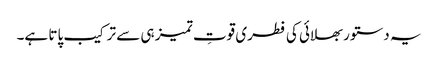
یہ دستور بھلائی کی فطری قوتِ تمیز ہی سے ترکیب پاتا ہے۔